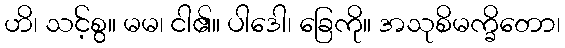
ဟိ၊ သင့်စွ။ မမ၊ ငါ၏။ ပါဒေါ၊ ခြေကို။ အသုစိမက္ခိတော၊